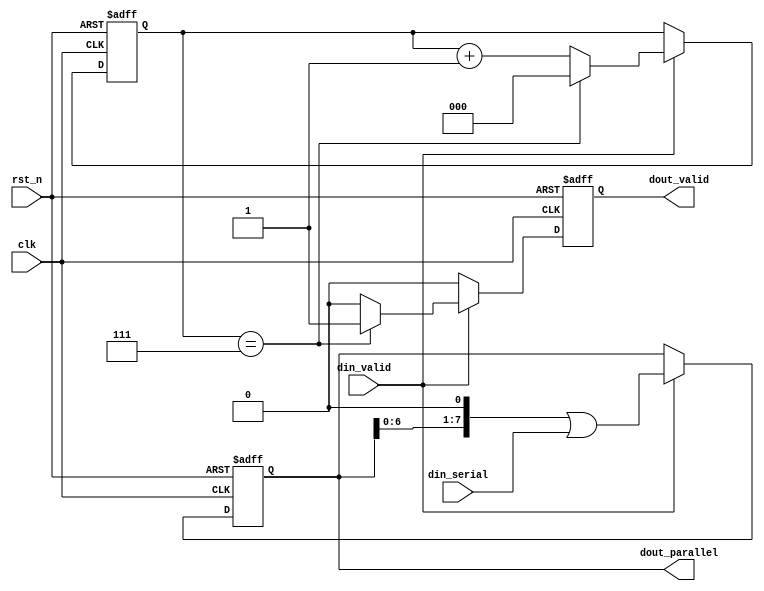
module serial2parallel (
    input wire clk,
    input wire rst_n,
    input wire din_serial,
    input wire din_valid,
    output reg [7:0] dout_parallel,
    output reg dout_valid
);

    // 3-bit counter to count the number of bits received
    reg [2:0] cnt;

    always @(posedge clk or negedge rst_n) begin
        if (!rst_n) begin
            // Reset the counter and output registers
            cnt <= 0;
            dout_parallel <= 0;
            dout_valid <= 0;
        end else if (din_valid) begin
            // Shift in the serial data into the MSB of dout_parallel
            dout_parallel <= (dout_parallel << 1) | din_serial;
            
            // Increment the counter
            cnt <= cnt + 1;

            // Check if 8 bits have been received
            if (cnt == 7) begin
                // Set the valid output high as all 8 bits are received
                dout_valid <= 1;
                // Reset the counter to start for the next byte
                cnt <= 0;
            end else begin
                // Keep the valid output low as all 8 bits are not yet received
                dout_valid <= 0;
            end
        end else begin
            // If din_valid is not high, do not shift in new data and keep dout_valid low
            dout_valid <= 0;
        end
    end

endmodule